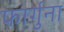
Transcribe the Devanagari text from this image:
फार्गुना